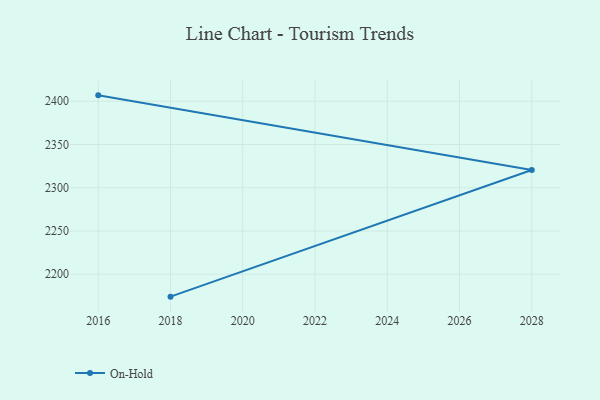
{"axis": {"x": "Year", "y": "LTV (USD)"}, "legend": ["On-Hold"], "data": [{"x": "2016", "y": 2406.8, "type": "On-Hold"}, {"x": "2028", "y": 2320.5, "type": "On-Hold"}, {"x": "2018", "y": 2174.1, "type": "On-Hold"}]}